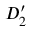
{ \cal D } _ { 2 } ^ { \prime }